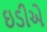
ઇડીએ